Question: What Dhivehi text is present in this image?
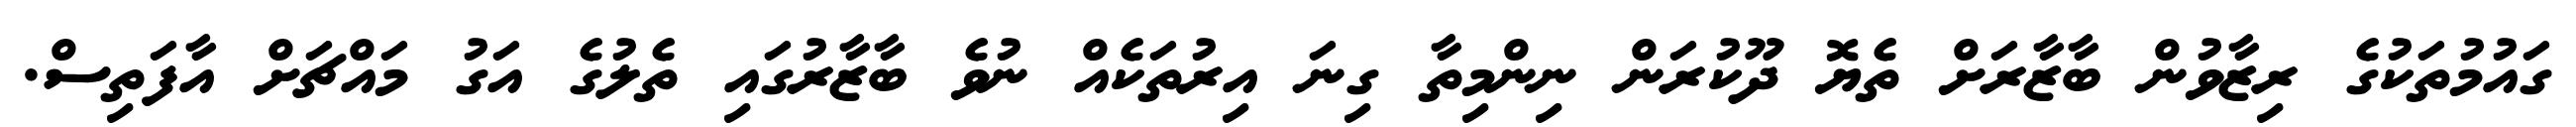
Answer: ގައުމުތަކުގެ ރިޒާވުން ބާޒާރަށް ތެޔޮ ދޫކުރަން ނިންމިތާ ގިނަ އިރުތަކެއް ނުވެ ބާޒާރުގައި ތެލުގެ އަގު މައްޗަށް އާފަތިސް.